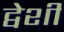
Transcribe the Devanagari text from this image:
द्वेशी